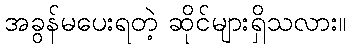
အခွန်မပေးရတဲ့ ဆိုင်များရှိသလား။